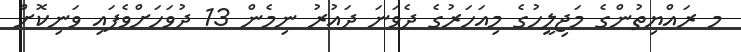
މ ރައްޔިތުންގެ މަޖިލީހުގެ މިއަަހަރުގެ ދެވަނަ ދައުރު ނިމެން 13 ދުވަހަށްވެފައި ވަނިކޮށް